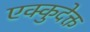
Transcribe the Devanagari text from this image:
एक्कुदेक्त